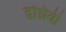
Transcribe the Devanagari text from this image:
द्वध्रिवी